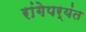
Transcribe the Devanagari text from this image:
रांगेपर्यंत